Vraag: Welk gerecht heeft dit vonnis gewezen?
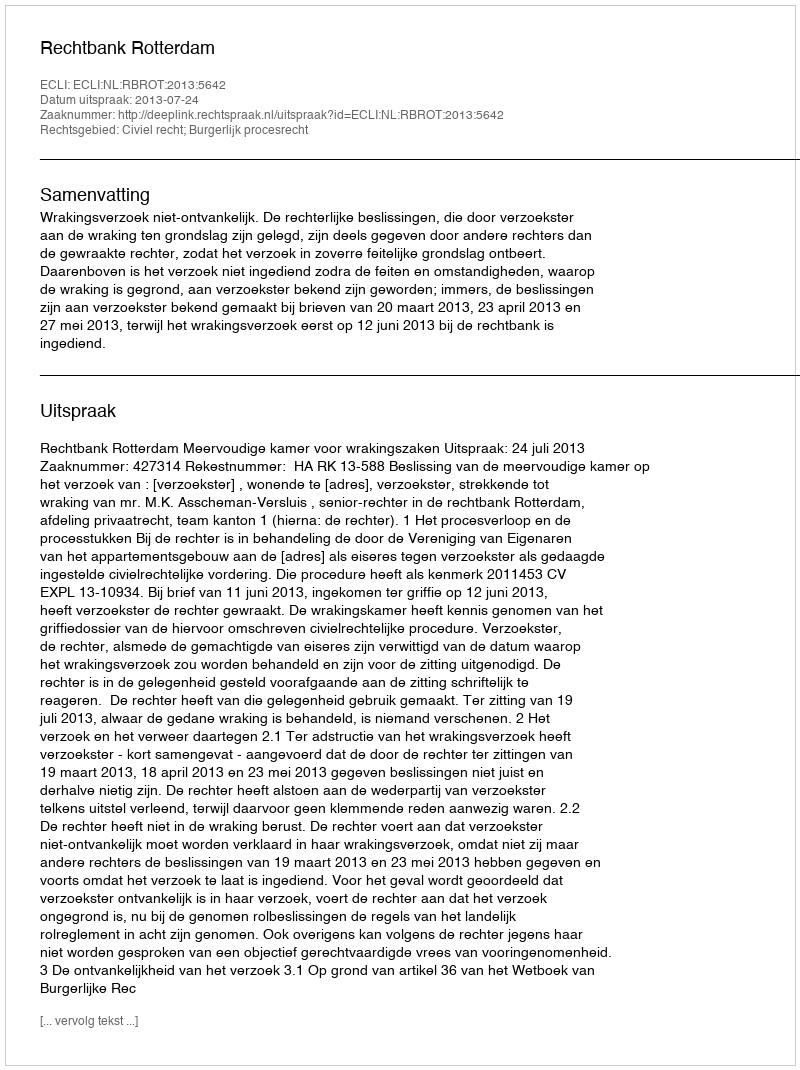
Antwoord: Rechtbank Rotterdam